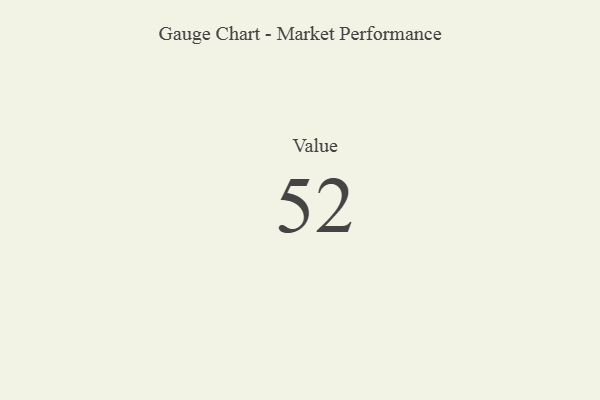
{"axis": {"x": "Metric", "y": "Value"}, "legend": [""], "data": [{"x": "Value", "y": 52, "type": ""}]}